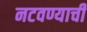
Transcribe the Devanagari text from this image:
नटवण्याची